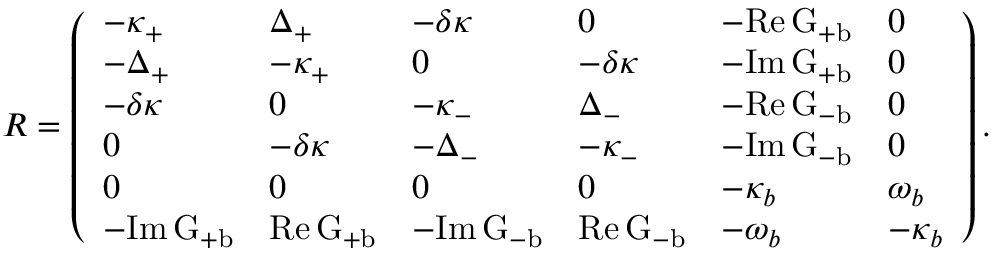
\begin{array} { r } { \cal R = \left( \begin{array} { l l l l l l } { - \kappa _ { + } } & { { \Delta } _ { + } } & { - \delta \kappa } & { 0 } & { - \mathrm { R e } \, G _ { + b } } & { 0 } \\ { - { \Delta } _ { + } } & { - \kappa _ { + } } & { 0 } & { - \delta \kappa } & { - \mathrm { I m } \, G _ { + b } } & { 0 } \\ { - \delta \kappa } & { 0 } & { - \kappa _ { - } } & { { \Delta } _ { - } } & { - \mathrm { R e } \, G _ { - b } } & { 0 } \\ { 0 } & { - \delta \kappa } & { - { \Delta } _ { - } } & { - \kappa _ { - } } & { - \mathrm { I m } \, G _ { - b } } & { 0 } \\ { 0 } & { 0 } & { 0 } & { 0 } & { - \kappa _ { b } } & { \omega _ { b } } \\ { { - \mathrm { I m } \, G _ { + b } } } & { \mathrm { R e } \, G _ { + b } } & { { - \mathrm { I m } \, G _ { - b } } } & { \mathrm { R e } \, G _ { - b } } & { - \omega _ { b } } & { - \kappa _ { b } } \end{array} \right) . } \end{array}